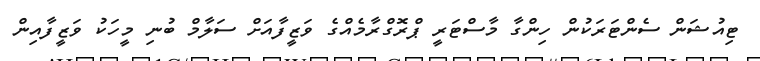
ޓިއުޝަން ސެންޓަރަކުން ހިންގާ މާސްޓަރީ ޕްރޮގްރާމެއްގެ ވަޒީފާއަށް ސަލާމް ބުނި މީހަކު ވަޒީފާއިން